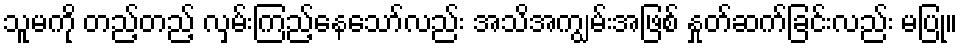
သူမကို တည့်တည့် လှမ်းကြည့်နေသော်လည်း အသိအကျွမ်းအဖြစ် နှုတ်ဆက်ခြင်းလည်း မပြု။